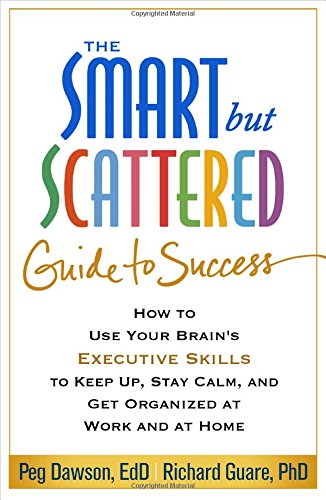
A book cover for The Smart but Scattered Guide to Success: How to Use Your Brain's Executive Skills to Keep Up, Stay Calm, and Get Organized at Work and at Home; Peg Dawson EdD; Health, Fitness & Dieting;